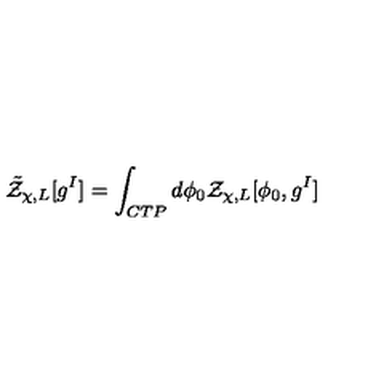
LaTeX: { \tilde { \cal Z } } _ { \chi , L } [ g ^ { I } ] = \int _ { C T P } d \phi _ { 0 } { \cal Z } _ { \chi , L } [ \phi _ { 0 } , g ^ { I } ]